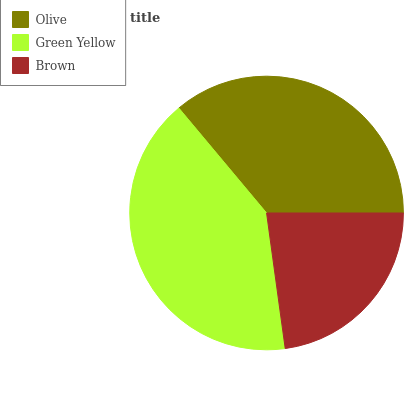
| Olive | Green Yellow | Brown |
 | --- | --- | --- |
 | 36.1% | 41.1% | 22.8% |